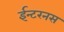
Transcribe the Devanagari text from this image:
ईन्टरनस